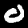
Digit: 0